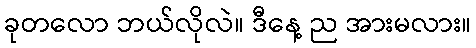
ခုတလော ဘယ်လိုလဲ။ ဒီနေ့ ည အားမလား။